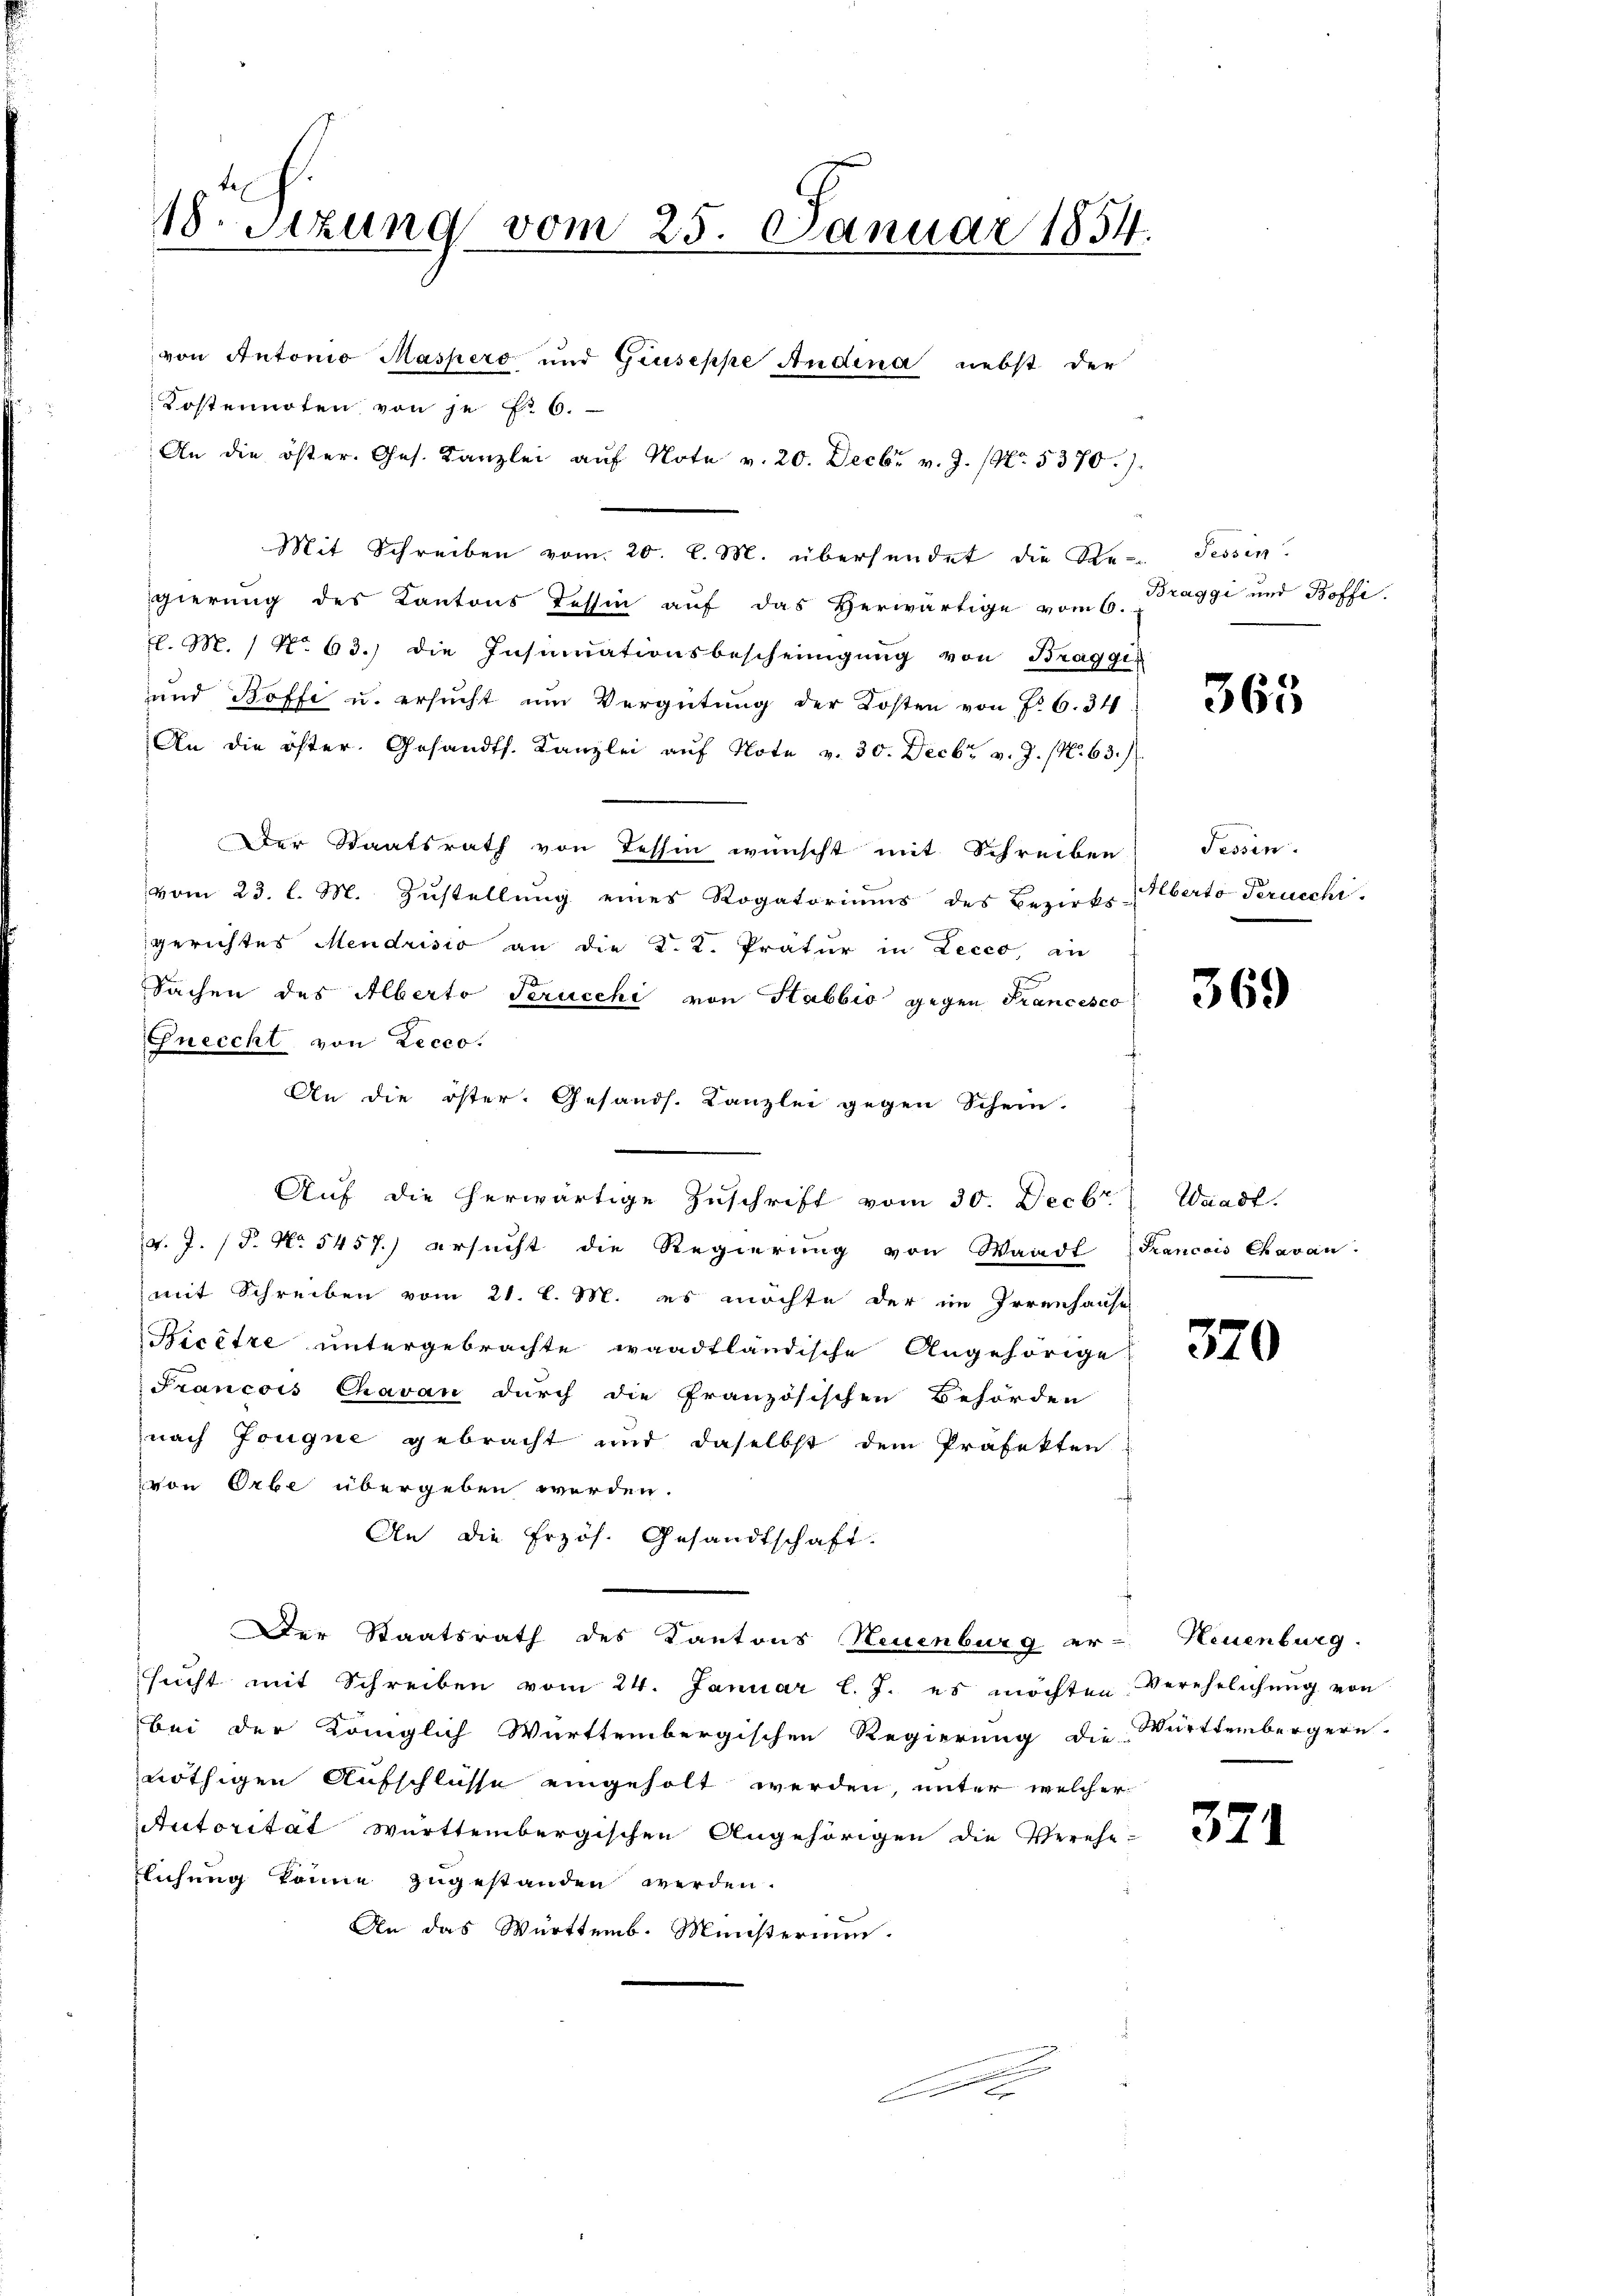
von Antonio Maspero und Gruseppe Andena, nebst der
Kostennoten von je Fr. 6.
An die öster. Ges. Kanzlei aŭf Note v. 20. Decbr v. J. (No. 5370).
Mit Schreiben vom 20. l. M. übersendet die Re- Tessin.
gierung des Kantons Tessin aŭf das herwärtige vom 6. Braggi und Boffi
l. M. / No. 63.) die Insinuationsbescheinigung von Braggi
und Boffe u. ersucht um Vergütung der Kosten von No 6. 34
An die öfter. Gesandts. Kanzlei aŭf Note v. 30. Decbr. v. J. (N. 63.
Der Staatsrath von Tessin wünscht mit Schreiben Tessin.
vom 23. l. M. Zustellung eines Rogatoriums des Bezirks-
gerichtes Mendrisio an die K. K. Pratur in Lecco, an
Sachen des Alberto Perucchi von Habbio gegen Francesco
Gneccht von Lecco.
Aŭf die herwärtige Zuschrift vom 30. Decbr. Waadt.
v. J. (T. No 5457.) ersucht die Regierung von Waadt Francois Chavan
mit Schreiben vom 21. l. M. es möchte der im Irrenhause
Bicêtre untergebrachte waadtländische Angehörige
Francois Chavan durch die französischen Behörden
nach Gongue gebracht und daselbst dem Präfekten
von Orbe übergeben werden.
An die Erzös. Gesandtschaft.
Der Staatsrath des Kantons Neuenburg er-Neuenburg.
sŭcht mit Schreiben vom 24. Januar l. J. es möchten Verehelichŭng von
bei der Königlich Württembergischen Regierung die Württembergern
nöthigen Aufschlüsse eingeholt werden, unter welcher
Autorität württembergischen Angehörigen die Verehe-
lichung könne zugestanden werden.
An das Württemb. Ministerium.

18. Setzung vom 25. Januar 1854.

An die öster. Gesands. Kanzlei gegen Schein.

.

365

Alberto Peruechi

369

370

371